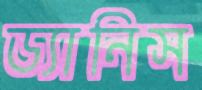
ড্যানিস